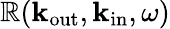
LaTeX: \mathbb{R}(\mathbf{{k}}_{\mathrm{{out}}},\mathbf{{k}}_{\mathrm{{in}}},\omega)